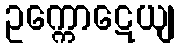
ဥက္ကောဋေယျ